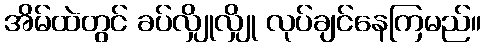
အိမ်ထဲတွင် ခပ်လျှိုလျှို လုပ်ချင်နေကြမည်။